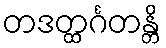
တဒတ္ထင်္ဂတန္တိ